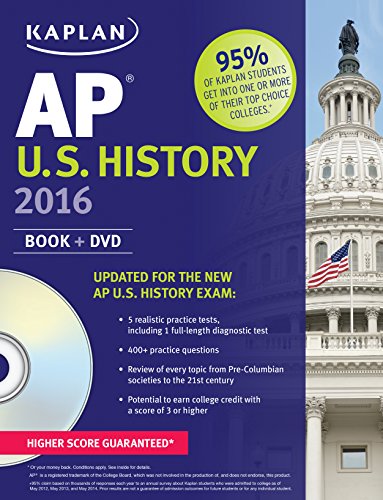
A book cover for Kaplan AP U.S. History 2016: Book + DVD (Kaplan Test Prep); Krista Dornbush; Test Preparation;